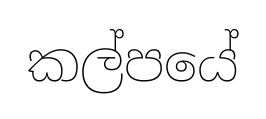
කල්පයේ